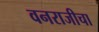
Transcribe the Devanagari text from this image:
वनराजीचा